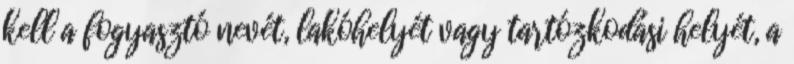
kell a fogyasztó nevét, lakóhelyét vagy tartózkodási helyét, a